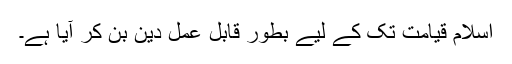
اِسلام قیامت تک کے لیے بطور قابلِ عمل دین بن کر آیا ہے۔